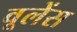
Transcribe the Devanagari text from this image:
वूलेंस